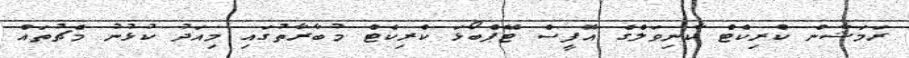
ރަމަޝާން ކްރިކެޓް ކާނިވަލްގެ އޮފީސް ޓޭޕްބޯޅަ ކްރިކެޓް މުބާރާތުގައި މިއަދު ކުޅުނު މެޗުތައް